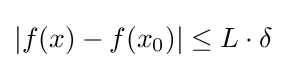
|f(x)-f(x_{0})|\leq L\cdot \delta